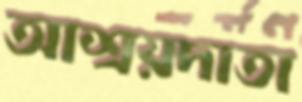
আশ্রয়দাতা